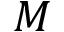
M